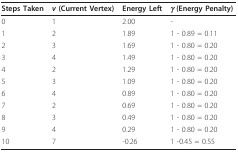
<table><thead><tr><td><b>Steps Taken</b></td><td><b><i>v </i>(Current Vertex)</b></td><td><b>Energy Left</b></td><td><b><i>γ </i>(Energy Penalty)</b></td></tr></thead><tbody><tr><td>0</td><td>1</td><td>2.00</td><td>-</td></tr><tr><td>1</td><td>2</td><td>1.89</td><td>1 <i>- </i>0.89 = 0.11</td></tr><tr><td>2</td><td>3</td><td>1.69</td><td>1 <i>- </i>0.80 = 0.20</td></tr><tr><td>3</td><td>4</td><td>1.49</td><td>1 <i>- </i>0.80 = 0.20</td></tr><tr><td>4</td><td>2</td><td>1.29</td><td>1 <i>- </i>0.80 = 0.20</td></tr><tr><td>5</td><td>3</td><td>1.09</td><td>1 <i>- </i>0.80 = 0.20</td></tr><tr><td>6</td><td>4</td><td>0.89</td><td>1 <i>- </i>0.80 = 0.20</td></tr><tr><td>7</td><td>2</td><td>0.69</td><td>1 <i>- </i>0.80 = 0.20</td></tr><tr><td>8</td><td>3</td><td>0.49</td><td>1 <i>- </i>0.80 = 0.20</td></tr><tr><td>9</td><td>4</td><td>0.29</td><td>1 <i>- </i>0.80 = 0.20</td></tr><tr><td>10</td><td>7</td><td><i>-</i>0.26</td><td>1 <i>-</i>0.45 = 0.55</td></tr></tbody></table>